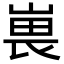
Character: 嵔